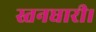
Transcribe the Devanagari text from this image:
स्तनधारी।